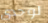
لوحدى